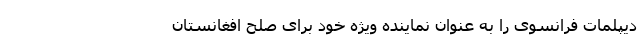
دیپلمات فرانسوی را به‌ عنوان نماینده‌ ویژه خود برای صلح افغانستان